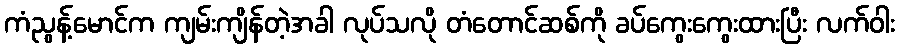
ကံညွန့်မောင်က ကျမ်းကျိန်တဲ့အခါ လုပ်သလို တံတောင်ဆစ်ကို ခပ်ကွေးကွေးထားပြီး လက်ဝါး